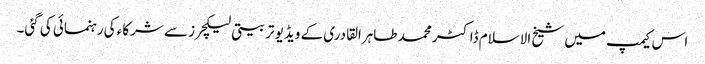
اس کیمپ میں شیخ الاسلام ڈاکٹر محمد طاہرالقادری کے ویڈیو تربیتی لیکچرز سے شرکاء کی رہنمائی کی گئی۔